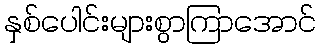
နှစ်ပေါင်းများစွာကြာအောင်